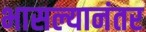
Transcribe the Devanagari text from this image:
भासल्यानंतर